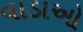
વાડાઓ